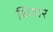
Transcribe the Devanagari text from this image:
धिवार